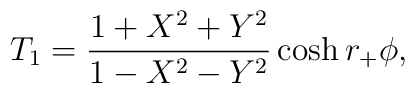
T_1 = {1+ X^2+ Y^2 \over 1-X^2-Y^2} \cosh r_+\phi,